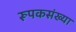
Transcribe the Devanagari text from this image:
रूपकसंख्या